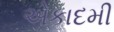
એકાદમી